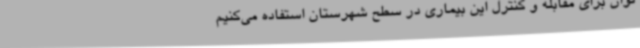
توان برای مقابله و کنترل این بیماری در سطح شهرستان استفاده می‌کنیم